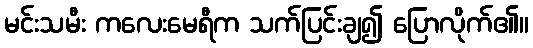
မင်းသမီး ကလေးမေရီက သက်ပြင်းချ၍ ပြောလိုက်၏။